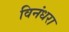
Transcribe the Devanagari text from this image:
विनंधरा